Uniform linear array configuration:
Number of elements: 4
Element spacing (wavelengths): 0.75
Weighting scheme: exponential
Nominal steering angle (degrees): -60
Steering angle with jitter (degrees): -59.137
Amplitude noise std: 0.05
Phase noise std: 0.05

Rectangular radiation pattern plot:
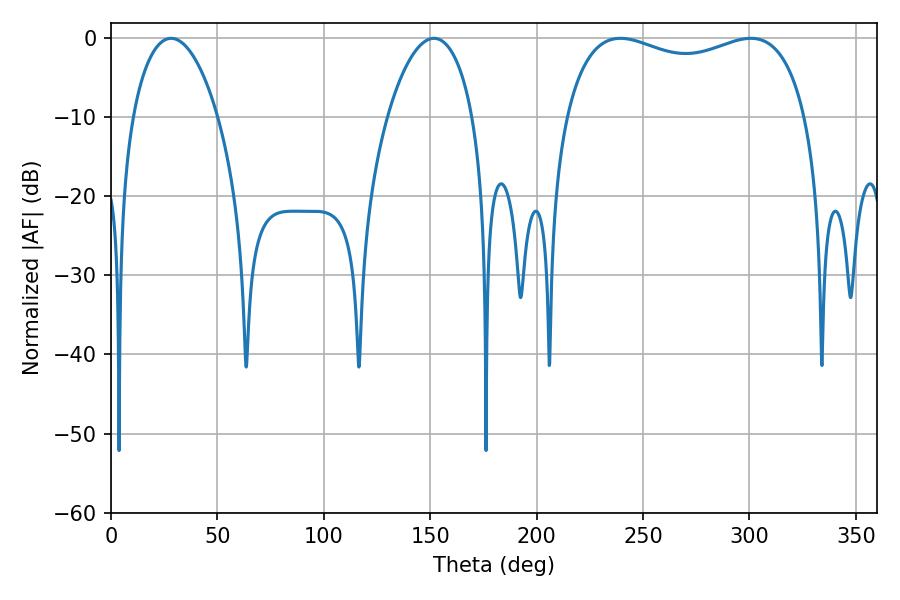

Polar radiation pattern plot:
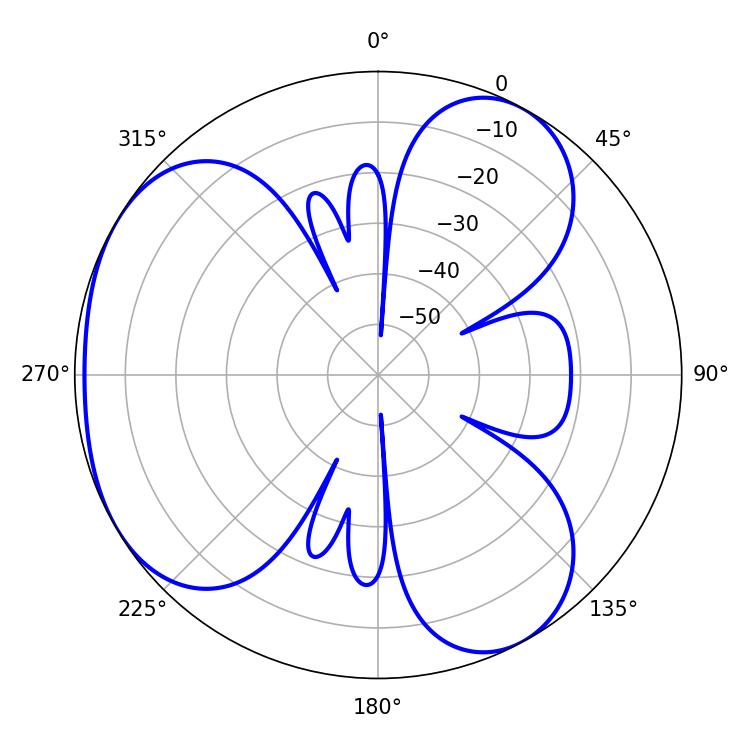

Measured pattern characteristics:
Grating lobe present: TRUE
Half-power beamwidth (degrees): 22.5
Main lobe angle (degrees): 28.26